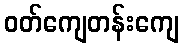
ဝတ်ကျေတန်းကျေ